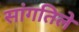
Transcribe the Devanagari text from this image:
सांगतिले